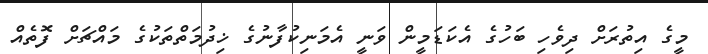
މީގެ އިތުރަށް ދިވެހި ބަހުގެ އެކަޑަމީން ވަނީ އެމަނިކުފާނުގެ ޚިދުމަތްތަކުގެ މައްޗަށް ފޮތެއް